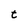
Character: t